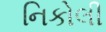
નિકોલી